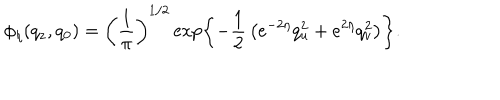
\phi _ { \eta } ( q _ { z } , q _ { 0 } ) = \left( { \frac { 1 } { \pi } } \right) ^ { 1 / 2 } \exp \left\{ - { \frac { 1 } { 2 } } \left( e ^ { - 2 \eta } q _ { u } ^ { 2 } + e ^ { 2 \eta } q _ { v } ^ { 2 } \right) \right\} .